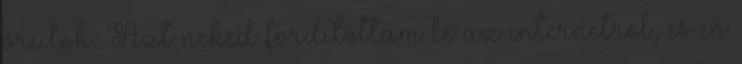
orulok. Azt neked forditottam le az internetrol, es en